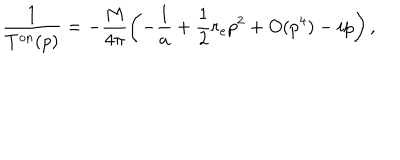
\frac { 1 } { T ^ { \mathrm { { o n } } } ( p ) } = - \frac { M } { 4 \pi } \left( - \frac { 1 } { a } + \frac { 1 } { 2 } r _ { e } p ^ { 2 } + O ( { p ^ { 4 } } ) - i p \right) ,